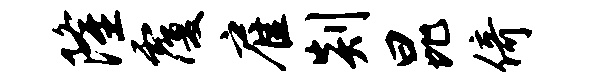
隆覆雇剡昆倚